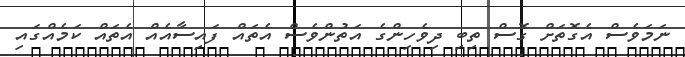
ނަމަވެސް އެގޮތަށް ގޮސް ތިބި ދިވެހިންގެ އަތުންވެސް އެތައް ފައިސާއެއް އެތައް ކަމެއްގައި